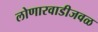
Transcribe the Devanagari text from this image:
लोणारवाडीजवळ